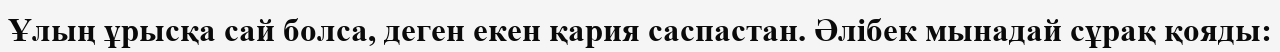
Ұлың ұрысқа сай болса, деген екен қария саспастан. Әлібек мынадай сұрақ қояды: